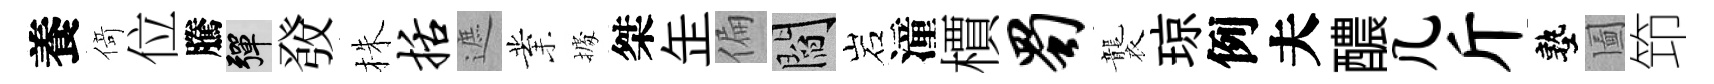
養𠋣位騰彈𤼲株括遮業𢴃桀𦈢偏閻岩潼檟蜀襲琼例夫醲几斤塾圗笻